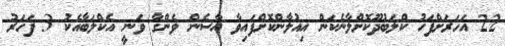
22 އަހަރަށްފަހު ކްލަބުދޫކޮށްލާނެކަން އިއުލާންކޮށްފައިވާ އާސެން ވެންގާ ވަނީ އެކްލަބާއެކު 3 ފަހަރު